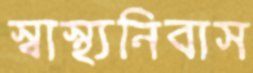
স্বাস্থ্যনিবাস